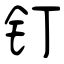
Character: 钉